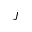
J